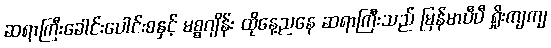
ဆရာကြီးခေါင်းပေါင်းစနှင့် မစ္စဂျိန်း ထိုနေ့ညနေ ဆရာကြီးသည် မြန်မာပီပီ ရှိုးကျကျ